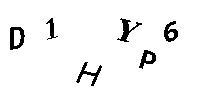
D1HYP6